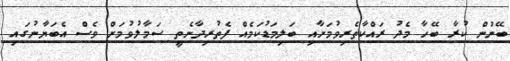
ބޭނުން ކުރާ ބޭހާ މެދު ރައްކާތެރިވުމަށާއި ބަލިމަޑުކަމެއް ފެތުރިދާނެތީ ސަމާލުވުމަށް ވެސް އެބަޔާނުގައި